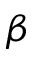
\beta